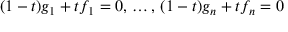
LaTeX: ( 1 - t ) g _ { 1 } + t f _ { 1 } = 0 , \, \ldots , \, ( 1 - t ) g _ { n } + t f _ { n } = 0